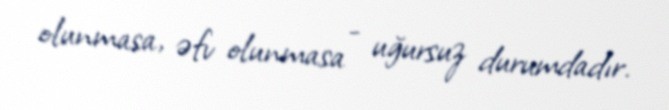
olunmasa, əfv olunmasa - uğursuz durumdadır.